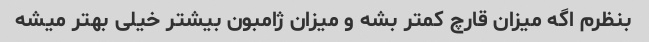
بنظرم اگه میزان قارچ کمتر بشه و میزان ژامبون بیشتر خیلی بهتر میشه